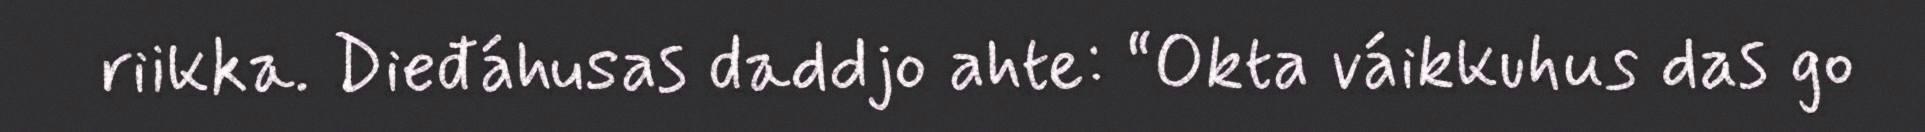
riikka. Dieđáhusas daddjo ahte: “Okta váikkuhus das go